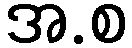
အ.စ